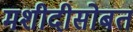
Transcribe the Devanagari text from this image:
मशीदीसोबत